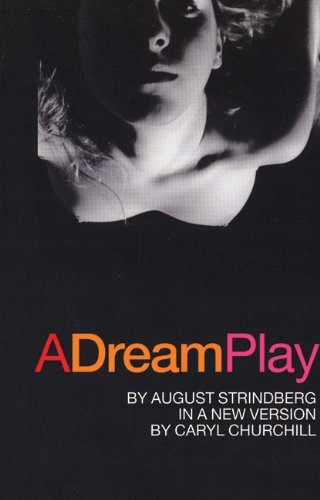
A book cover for A Dream Play; August Strindberg; Literature & Fiction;